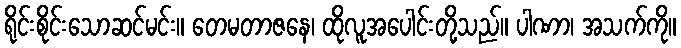
ရိုင်းစိုင်းသောဆင်မင်း။ တေမတာဇနေ၊ ထိုလူအပေါင်းတို့သည်။ ပါဏာ၊ အသက်ကို။